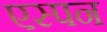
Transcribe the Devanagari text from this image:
एस्पन